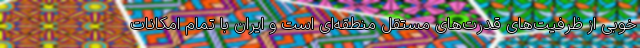
خوبی از ظرفیت‌های قدرت‌های مستقل منطقه‌ای است و ایران با تمام امکانات